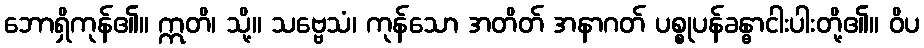
ဘောရှိကုန်၏။ ဣတိ၊ သို့။ သဗ္ဗေသံ၊ ကုန်သော အတိတ် အနာဂတ် ပစ္စုပန်ခန္ဓာငါးပါးတို့၏။ ဝိပ